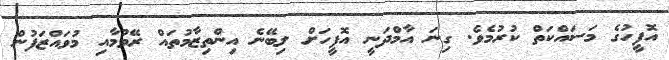
އޮފީހުގެ މަސައްކަތް ކުރުމެވެ. ގިނަ އާމްދަނީ އޮފީހަށް ލިބޭނެ އިންތިޒާމުތައް ރޭވުމާއި މުވައްޒަފުން